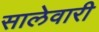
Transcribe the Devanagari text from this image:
सालेवारी